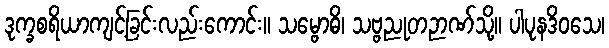
ဒုက္ခစရိယာကျင့်ခြင်းလည်းကောင်း။ သမ္ဗောဓိ၊ သဗ္ဗညုတဉာဏ်သို့။ ပါပုနဒိဝသေ၊